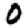
Digit: 0